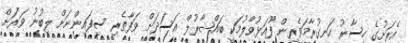
އެރަށުގެ ހިސާރު ހަނގުރާމަވެރިން ފޫއަޅުވާލުމަކީ ބައްޝާރުލް އަސަދަށް ވަފާތެރި ސިފައިންނަށް ލިބުނު ވަރަށް